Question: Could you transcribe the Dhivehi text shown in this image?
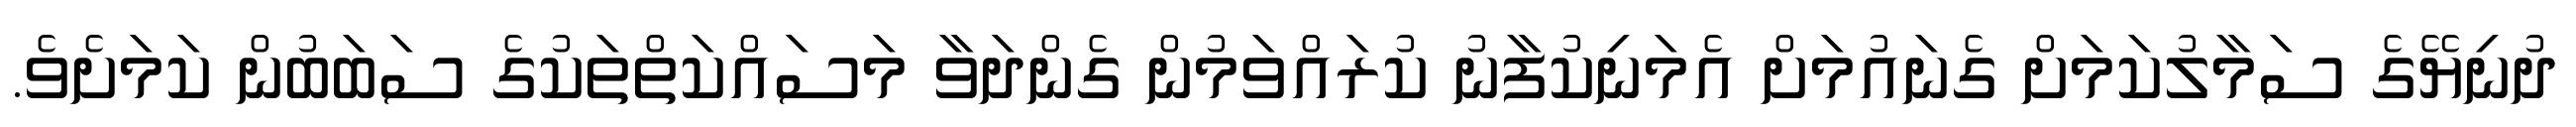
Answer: ދުނިޔޭގެ ސަމާލުކަމަށް ގެނައުމަށް އެމަނިކުފާނު ކުރައްވަމުން ގެންދަވާ މަސައްކަތްތަކުގެ ސަބަބުން ކަމަށެވެ.